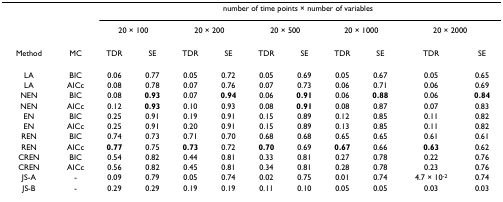
<table><thead><tr><td></td><td></td><td colspan="10"><b>number of time points × number of variables</b></td></tr><tr><td></td><td></td><td colspan="2"><b>20 × 100</b></td><td colspan="2"><b>20 × 200</b></td><td colspan="2"><b>20 × 500</b></td><td colspan="2"><b>20 × 1000</b></td><td colspan="2"><b>20 × 2000</b></td></tr><tr><td><b>Method</b></td><td><b>MC</b></td><td><b>TDR</b></td><td><b>SE</b></td><td><b>TDR</b></td><td><b>SE</b></td><td><b>TDR</b></td><td><b>SE</b></td><td><b>TDR</b></td><td><b>SE</b></td><td><b>TDR</b></td><td><b>SE</b></td></tr></thead><tbody><tr><td>LA</td><td>BIC</td><td>0.06</td><td>0.77</td><td>0.05</td><td>0.72</td><td>0.05</td><td>0.69</td><td>0.05</td><td>0.67</td><td>0.05</td><td>0.65</td></tr><tr><td>LA</td><td>AICc</td><td>0.08</td><td>0.78</td><td>0.07</td><td>0.76</td><td>0.07</td><td>0.73</td><td>0.06</td><td>0.71</td><td>0.06</td><td>0.69</td></tr><tr><td>NEN</td><td>BIC</td><td>0.08</td><td><b>0.93</b></td><td>0.07</td><td><b>0.94</b></td><td>0.06</td><td><b>0.91</b></td><td>0.06</td><td><b>0.88</b></td><td>0.06</td><td><b>0.84</b></td></tr><tr><td>NEN</td><td>AICc</td><td>0.12</td><td><b>0.93</b></td><td>0.10</td><td>0.93</td><td>0.08</td><td><b>0.91</b></td><td>0.08</td><td>0.87</td><td>0.07</td><td>0.83</td></tr><tr><td>EN</td><td>BIC</td><td>0.25</td><td>0.91</td><td>0.19</td><td>0.91</td><td>0.15</td><td>0.89</td><td>0.12</td><td>0.85</td><td>0.11</td><td>0.82</td></tr><tr><td>EN</td><td>AICc</td><td>0.25</td><td>0.91</td><td>0.20</td><td>0.91</td><td>0.15</td><td>0.89</td><td>0.13</td><td>0.85</td><td>0.11</td><td>0.82</td></tr><tr><td>REN</td><td>BIC</td><td>0.74</td><td>0.73</td><td>0.71</td><td>0.70</td><td>0.68</td><td>0.68</td><td>0.65</td><td>0.65</td><td>0.61</td><td>0.61</td></tr><tr><td>REN</td><td>AICc</td><td><b>0.77</b></td><td>0.75</td><td><b>0.73</b></td><td>0.72</td><td><b>0.70</b></td><td>0.69</td><td><b>0.67</b></td><td>0.66</td><td><b>0.63</b></td><td>0.62</td></tr><tr><td>CREN</td><td>BIC</td><td>0.54</td><td>0.82</td><td>0.44</td><td>0.81</td><td>0.33</td><td>0.81</td><td>0.27</td><td>0.78</td><td>0.22</td><td>0.76</td></tr><tr><td>CREN</td><td>AICc</td><td>0.56</td><td>0.82</td><td>0.45</td><td>0.81</td><td>0.34</td><td>0.81</td><td>0.28</td><td>0.78</td><td>0.23</td><td>0.76</td></tr><tr><td>JS-A</td><td>-</td><td>0.09</td><td>0.79</td><td>0.05</td><td>0.74</td><td>0.02</td><td>0.75</td><td>0.01</td><td>0.74</td><td>4.7 × 10<sup>-2</sup></td><td>0.74</td></tr><tr><td>JS-B</td><td>-</td><td>0.29</td><td>0.29</td><td>0.19</td><td>0.19</td><td>0.11</td><td>0.10</td><td>0.05</td><td>0.05</td><td>0.03</td><td>0.03</td></tr></tbody></table>